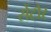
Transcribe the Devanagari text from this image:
सेंटौर